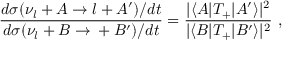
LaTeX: \frac { d \sigma ( \nu _ { l } + A \to l + A ^ { \prime } ) / d t } { d \sigma ( \nu _ { l } + B \to { \l } + B ^ { \prime } ) / d t } = \frac { | \langle A | T _ { + } | A ^ { \prime } \rangle | ^ { 2 } } { | \langle B | T _ { + } | B ^ { \prime } \rangle | ^ { 2 } } \ ,